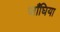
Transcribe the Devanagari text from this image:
जाँघिया